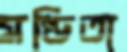
মণ্ডিতা